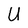
Character: U